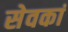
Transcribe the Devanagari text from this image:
सेवकां